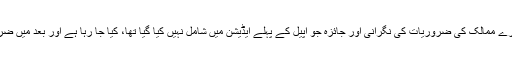
تاہم اس کا ذکر اپیل میں کیا گیا تھا کہ دوسرے ممالک کی ضروریات کی نگرانی اور جائزہ جو اپیل کے پہلے ایڈیشن میں شامل نہیں کیا گیا تھا، کیا جا رہا ہے اور بعد میں ضرورت پڑنے پر انہیں شامل کیا جاسکتا ہے۔